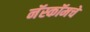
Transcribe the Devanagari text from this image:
नॅस्कॉमचे